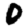
Digit: 0